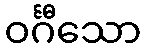
ဝင်္ဂီသော